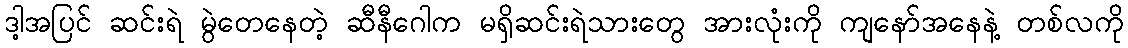
ဒါ့အပြင် ဆင်းရဲ မွဲတေနေတဲ့ ဆီနီဂေါက မရှိဆင်းရဲသားတွေ အားလုံးကို ကျနော်အနေနဲ့ တစ်လကို